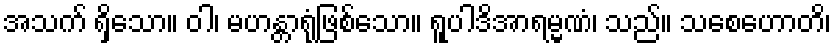
အသက် ရှိသော။ ဝါ၊ မဟန္တာရုံဖြစ်သော။ ရူပါဒိအာရမ္မဏံ၊ သည်။ သစေဟောတိ၊